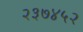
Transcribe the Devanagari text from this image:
२३७४५२